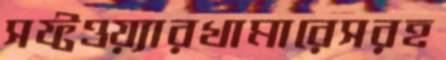
সফ্টওয়্যারখামারেসরহ